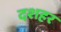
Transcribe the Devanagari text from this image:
दशहर